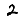
Digit: 2